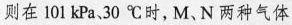
则在101kPa、30℃时，M、N两种气体